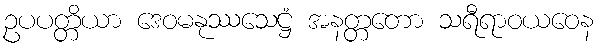
ဥပပတ္တိယာ ဒေဝမနုဿသေဋ္ဌံ အနတ္တတော သရီရာဝယဝေန